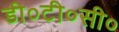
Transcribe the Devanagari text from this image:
डी०टी०सी०